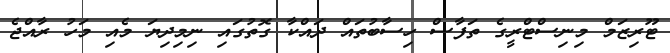
ޓޫރިޒަމް މިނިސްޓްރީގެ ތަފާސް ހިސާބުތައް ދައްކާ ގޮތުގައި ނިމިދިޔަ މެއި މަހު ރާއްޖެ